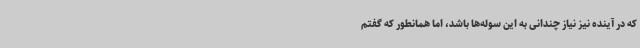
که در آینده نیز نیاز چندانی به این سوله‌ها باشد، اما همانطور که گفتم